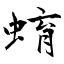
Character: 蜟